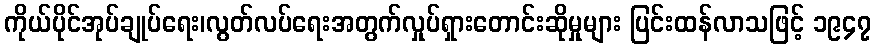
ကိုယ်ပိုင်အုပ်ချုပ်ရေး၊လွတ်လပ်ရေးအတွက်လှုပ်ရှားတောင်းဆိုမှုများ ပြင်းထန်လာသဖြင့် ၁၉၄၇